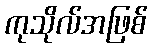
ကုသိုလ်အဖြစ်